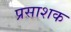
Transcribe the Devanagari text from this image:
प्रसाशक